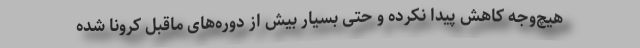
هیچ‌وجه کاهش پیدا نکرده و حتی بسیار بیش از دوره‌های ماقبل کرونا شده